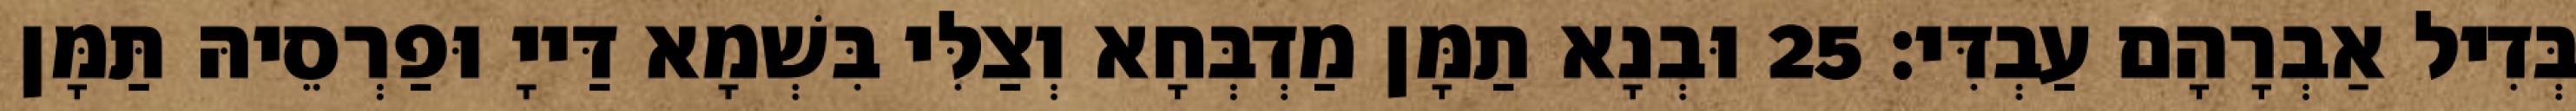
בְּדִיל אַבְרָהָם עַבְדִּי׃ 25 וּבְנָא תַמָּן מַדְבְּחָא וְצַלִּי בִּשְׁמָא דַּייָ וּפַרְסֵיהּ תַּמָּן